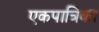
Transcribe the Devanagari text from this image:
एकपात्रिका